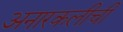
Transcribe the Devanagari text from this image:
अनारकलीची